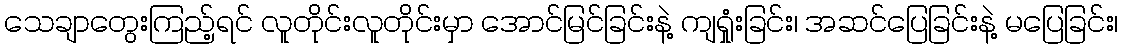
သေချာတွေးကြည့်ရင် လူတိုင်းလူတိုင်းမှာ အောင်မြင်ခြင်းနဲ့ ကျရှုံးခြင်း၊ အဆင်ပြေခြင်းနဲ့ မပြေခြင်း၊